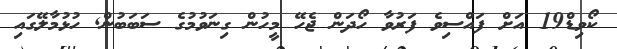
ކޯވިޑް19 އަށް ފައްސިވެ ފަރުވާ ހޯދަން ޖެހޭ މީހުން ގިނަވުމުގެ ސަބަބުން